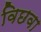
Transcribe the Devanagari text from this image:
विछवा